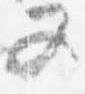
又